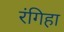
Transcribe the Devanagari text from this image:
रंगिहा